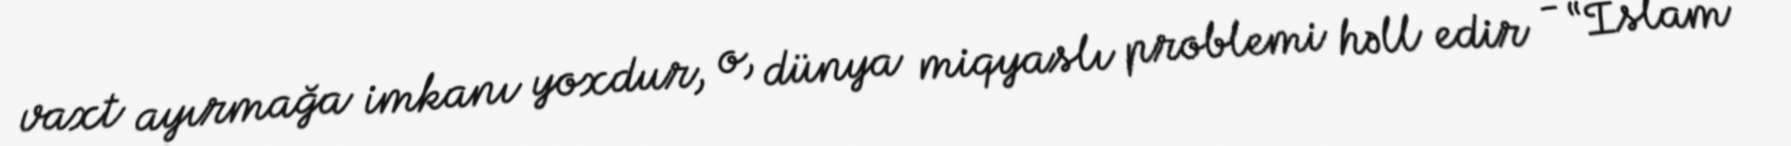
vaxt ayırmağa imkanı yoxdur, o, dünya miqyaslı problemi həll edir - “İslam